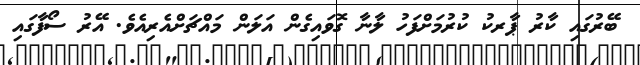
ބޭރުގައި ކާރު ޕާރކު ކުރުމަށްފަހު ލާނާ ގޮވައިގެން އަލަން މައްޗަށްއެރިއެވެ. އޭރު ސޯފާގައި